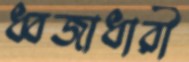
ধ্বজাধারী